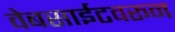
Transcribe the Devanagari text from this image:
वेबसाईटवरून